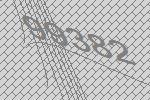
99382